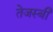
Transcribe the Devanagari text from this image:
तेजस्बी